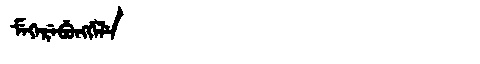
Manchu: ᠮᡝᡴᡝᡵᡝᠪᡠᠩᡤᡝᠯᡝ
Romanization: MEKEREBUNGGELE